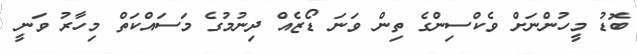
ބޮޑު މީހުންނަށް ވެކްސިންގެ ތިން ވަނަ ޑޯޒެއް ދިނުމުގެ މަސައްކަތް މިހާރު ވަނީ